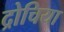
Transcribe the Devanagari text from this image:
द्रोचिया